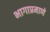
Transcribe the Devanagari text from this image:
भागाप्रमाणे